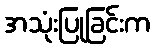
အသုံးပြုခြင်းက